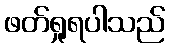
ဖတ်ရှုရပါသည်